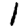
Digit: 1